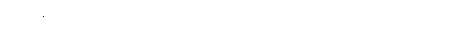
ဝါယမန္တံ၊ လုံ့လပြုသော။ တမေနံ၊ ထုသူရဲကို။ ပရေ၊ တစ်ပါးသော စစ်သည်တို့သည်။